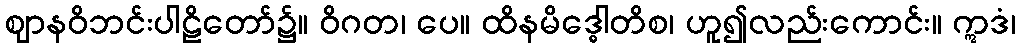
ဈာနဝိဘင်းပါဠိတော်၌။ ဝိဂတ၊ ပေ။ ထိနမိဒ္ဓေါတိစ၊ ဟူ၍လည်းကောင်း။ ဣဒံ၊